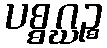
ပစ္စဂ္ဃဉ္စ